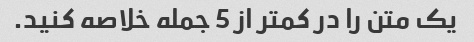
یک متن را در کمتر از 5 جمله خلاصه کنید.